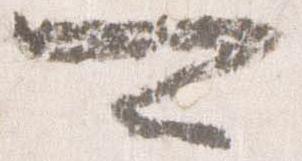
可